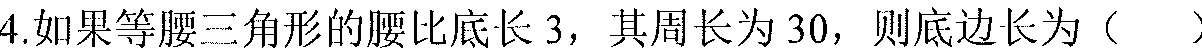
4.如果等腰三角形的腰比底长3，其周长为30，则底边长为（  ）